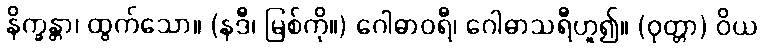
နိက္ခန္တာ၊ ထွက်သော။ (နဒီ၊ မြစ်ကို။) ဂေါဓာဝရီ၊ ဂေါဓာသရီဟူ၍။ (ဝုတ္တာ) ဝိယ